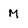
Character: M